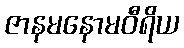
ဇာနမနောမဝီရိယ